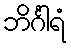
ဘိင်္ဂါရံ